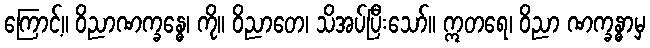
ကြောင့်။ ဝိညာဏက္ခန္ဓေ၊ ကို။ ဝိညာတေ၊ သိအပ်ပြီးသော်။ ဣတရေ၊ ဝိညာ ဏက္ခန္ဓာမှ